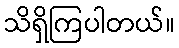
သိရှိကြပါတယ်။